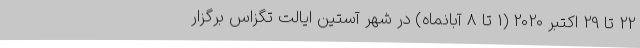
22 تا 29 اکتبر 2020 (1 تا 8 آبانماه) در شهر آستین ایالت تگزاس برگزار